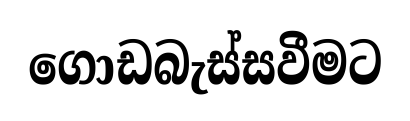
ගොඩබැස්සවීමට